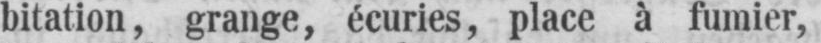
bitation, grange, écuries, place à fumier,